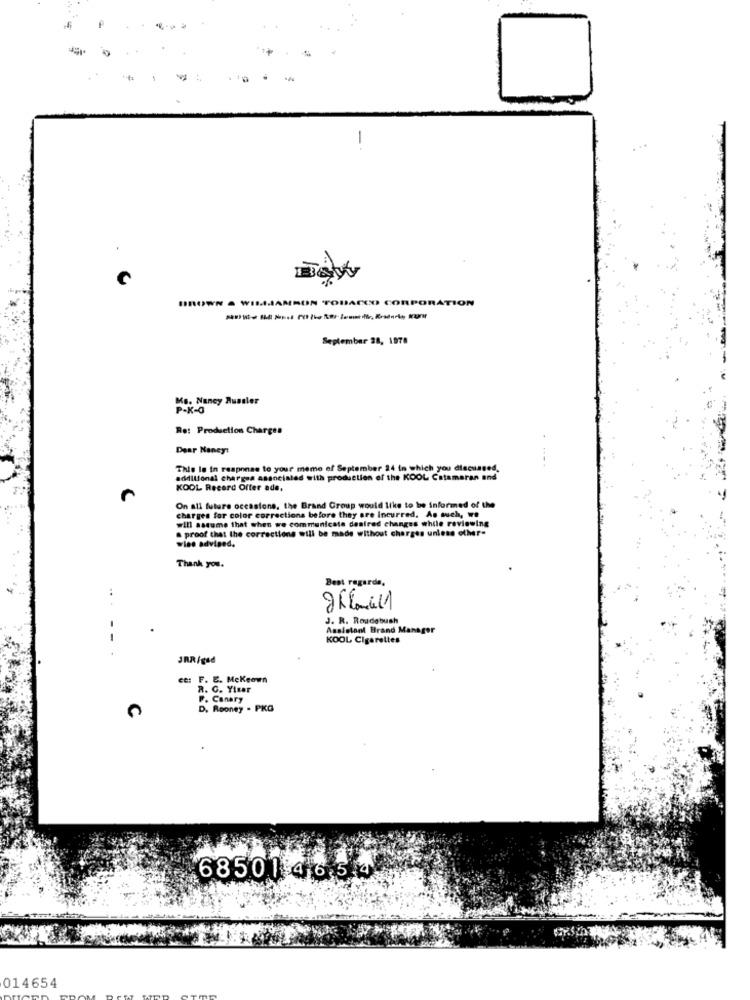
BROWN . WILLIAMSON TOBACCO C
RPORATION
September 28, 1978
Ke. Nancy Russler
Re: Production Charges
Dear Nancy:
This Is in response to your meme of September
Ich you discussed
additional charges associated with production of the KOOL Catamaran and
KOOL Record Offer ade,
On all future occasions, the Brand Group would like to be informed of the
charges for color corrections before they are incurred. As much, we
a proof that the corrections will be made without charges unless other-
will assume that when we communicate desired changes while reviewing
wise advised.
Thank you.
Best regards,
.. .
00
J. R. Roudebush
Assistant Brand Manager
- -
KOOL Cigarettes
JRR/gad
CC: F. E. Mckeown
R. C. Yisar
F. Canary
D. Rooney . PKG
68501 4 6.54
014654